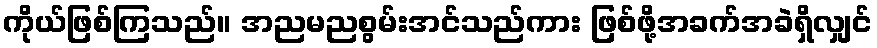
ကိုယ်ဖြစ်ကြသည်။ အညမညစွမ်းအင်သည်ကား ဖြစ်ဖို့အခက်အခဲရှိလျှင်